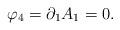
LaTeX: \begin{align*}\varphi _{4}=\partial _{1}A_{1}=0. \end{align*}